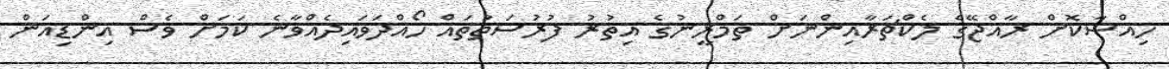
ހިއްސާކޮށް ރާއްޖޭގެ ލެކްޗަރާއިންނަށް ތަމްރީނުގެ އިތުރު ފުރުސަތުތައް ހޯއްދަވައިދެއްވާނެ ކަމަށް ވެސް އިންޑިއަން